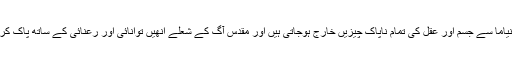
بی کے ایس اینگر نے ویدوں کے حوالے سے لکھا ہے کہ پرانیاما سے جسم اور عقل کی تمام ناپاک چیزیں خارج ہوجاتی ہیں اور مقدس آگ کے شعلے انھیں توانائی اور رعنائی کے ساتھ پاک کردیتے ہیں، تب ایک شخص دھرانا اور دھیانا کے قابل ہوتا ہے۔